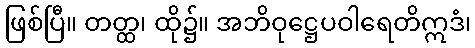
ဖြစ်ပြီ။ တတ္ထ၊ ထို၌။ အဘိဝုဋ္ဌေပဝါရေတိဣဒံ၊